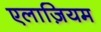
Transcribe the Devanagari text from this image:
एलाज़ियम